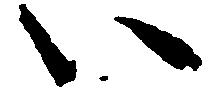
い